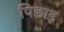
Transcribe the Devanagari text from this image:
पिछाड़